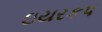
ઇયરકપ